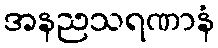
အနညသရဏာနံ